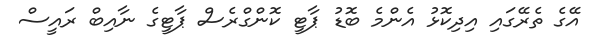
އޭގެ ތެރޭގައި އިދިކޮޅު އެންމެ ބޮޑު ޕާޓީ ކޮންގްރެސް ޕާޓީގެ ނާއިބް ރައީސް